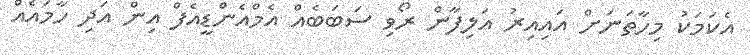
އެކަމަކު މިހާތަނަށް އައިއިރު އަލިފާން ރޯވި ސަބަބެއް އެމްއެންޑީއެފް އިން އަދި ހާމައެއް